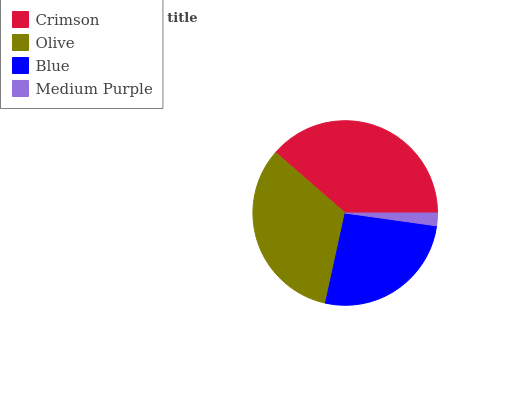
| Crimson | Olive | Blue | Medium Purple |
 | --- | --- | --- | --- |
 | 38.6% | 32.9% | 26.2% | 2.21% |